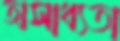
অসাধ্যতা